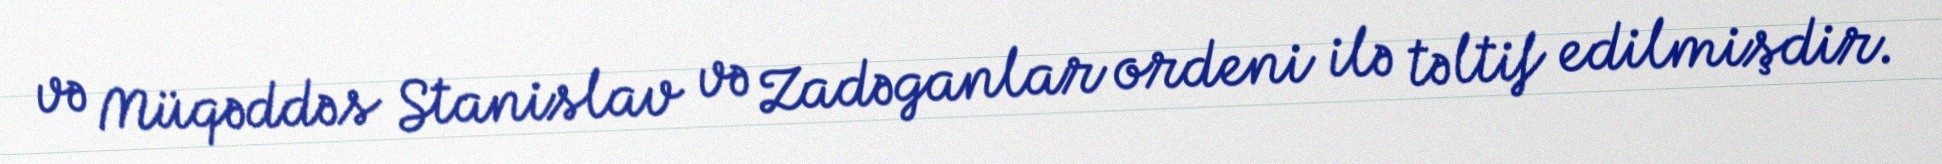
və Müqəddəs Stanislav və Zadəganlar ordeni ilə təltif edilmişdir.